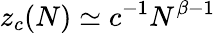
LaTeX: z_{c}(N)\simeq{c}^{-1}N^{\beta-1}